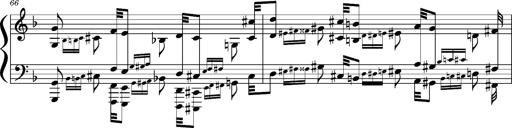
Title: Concerto sans orchestre, S.524a
Composer: Franz Liszt
Key: A major